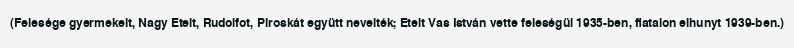
(Felesége gyermekeit, Nagy Etelt, Rudolfot, Piroskát együtt nevelték; Etelt Vas István vette feleségül 1935-ben, fiatalon elhunyt 1939-ben.)